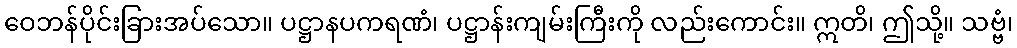
ဝေဘန်ပိုင်းခြားအပ်သော။ ပဋ္ဌာနပကရဏံ၊ ပဋ္ဌာန်းကျမ်းကြီးကို လည်းကောင်း။ ဣတိ၊ ဤသို့။ သဗ္ဗံ၊